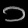
Digit: ၁